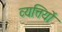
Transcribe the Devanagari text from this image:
व्यत्तियों